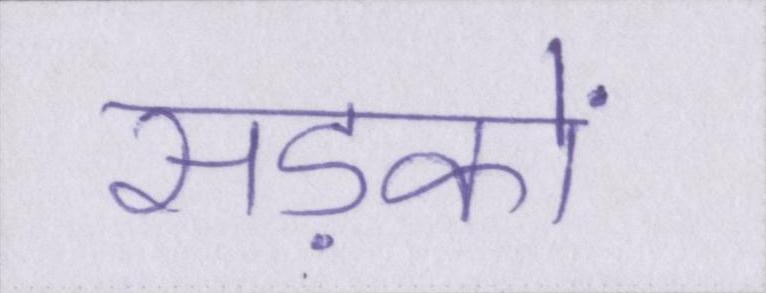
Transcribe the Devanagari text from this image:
सड़कों